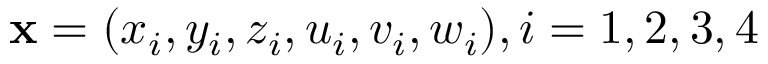
\mathbf { x } = ( x _ { i } , y _ { i } , z _ { i } , u _ { i } , v _ { i } , w _ { i } ) , i = 1 , 2 , 3 , 4